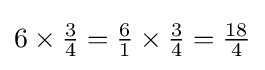
6\times {\tfrac {3}{4}}={\tfrac {6}{1}}\times {\tfrac {3}{4}}={\tfrac {18}{4}}